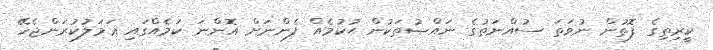
ކީރިތިގެ ފޮތުން ނުވަތަ ސުއްނަތުގެ ނައްޞުތަކުން ޙުކުމެއް ފެންނަށް އޮންނަ ކަމެއްގައި ޢަމަލުކުރަންޖެހޭ